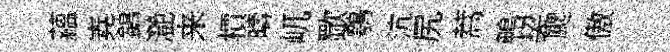
蘊嶤鷁灔来檟疇屼歜鶚沆尻蒿鴨契颸傲